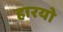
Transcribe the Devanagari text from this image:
हारयो